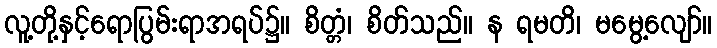
လူ့တို့နှင့်ရောပြွမ်းရာအရပ်၌။ စိတ္တံ၊ စိတ်သည်။ န ရမတိ၊ မမွေ့လျော်။